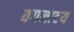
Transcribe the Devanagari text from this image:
वगनाटय